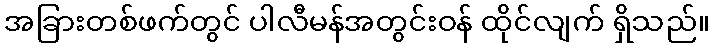
အခြားတစ်ဖက်တွင် ပါလီမန်အတွင်းဝန် ထိုင်လျက် ရှိသည်။